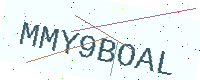
Text: MMY9BOAL